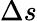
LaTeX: \Delta s